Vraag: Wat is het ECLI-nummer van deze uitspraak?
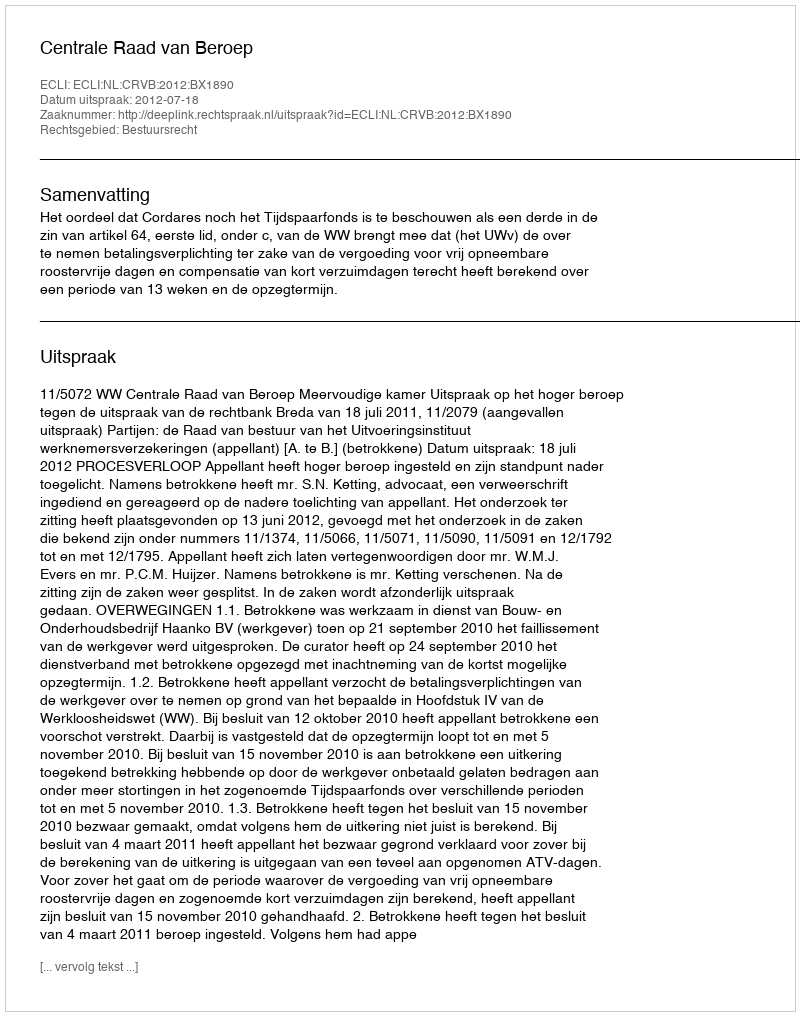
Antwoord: ECLI:NL:CRVB:2012:BX1890